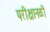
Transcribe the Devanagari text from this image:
परीक्षानळी